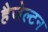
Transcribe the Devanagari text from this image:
हैजेल्टन